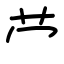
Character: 𫇦